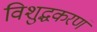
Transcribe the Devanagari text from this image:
विशुद्धकरणं